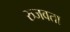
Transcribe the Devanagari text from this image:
रुजवता